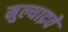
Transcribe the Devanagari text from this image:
मुल्याद्रवे